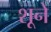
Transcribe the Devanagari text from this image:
शूने